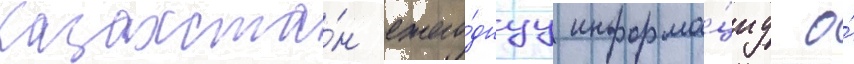
казахста́н ежего́днуу информа́циу о́